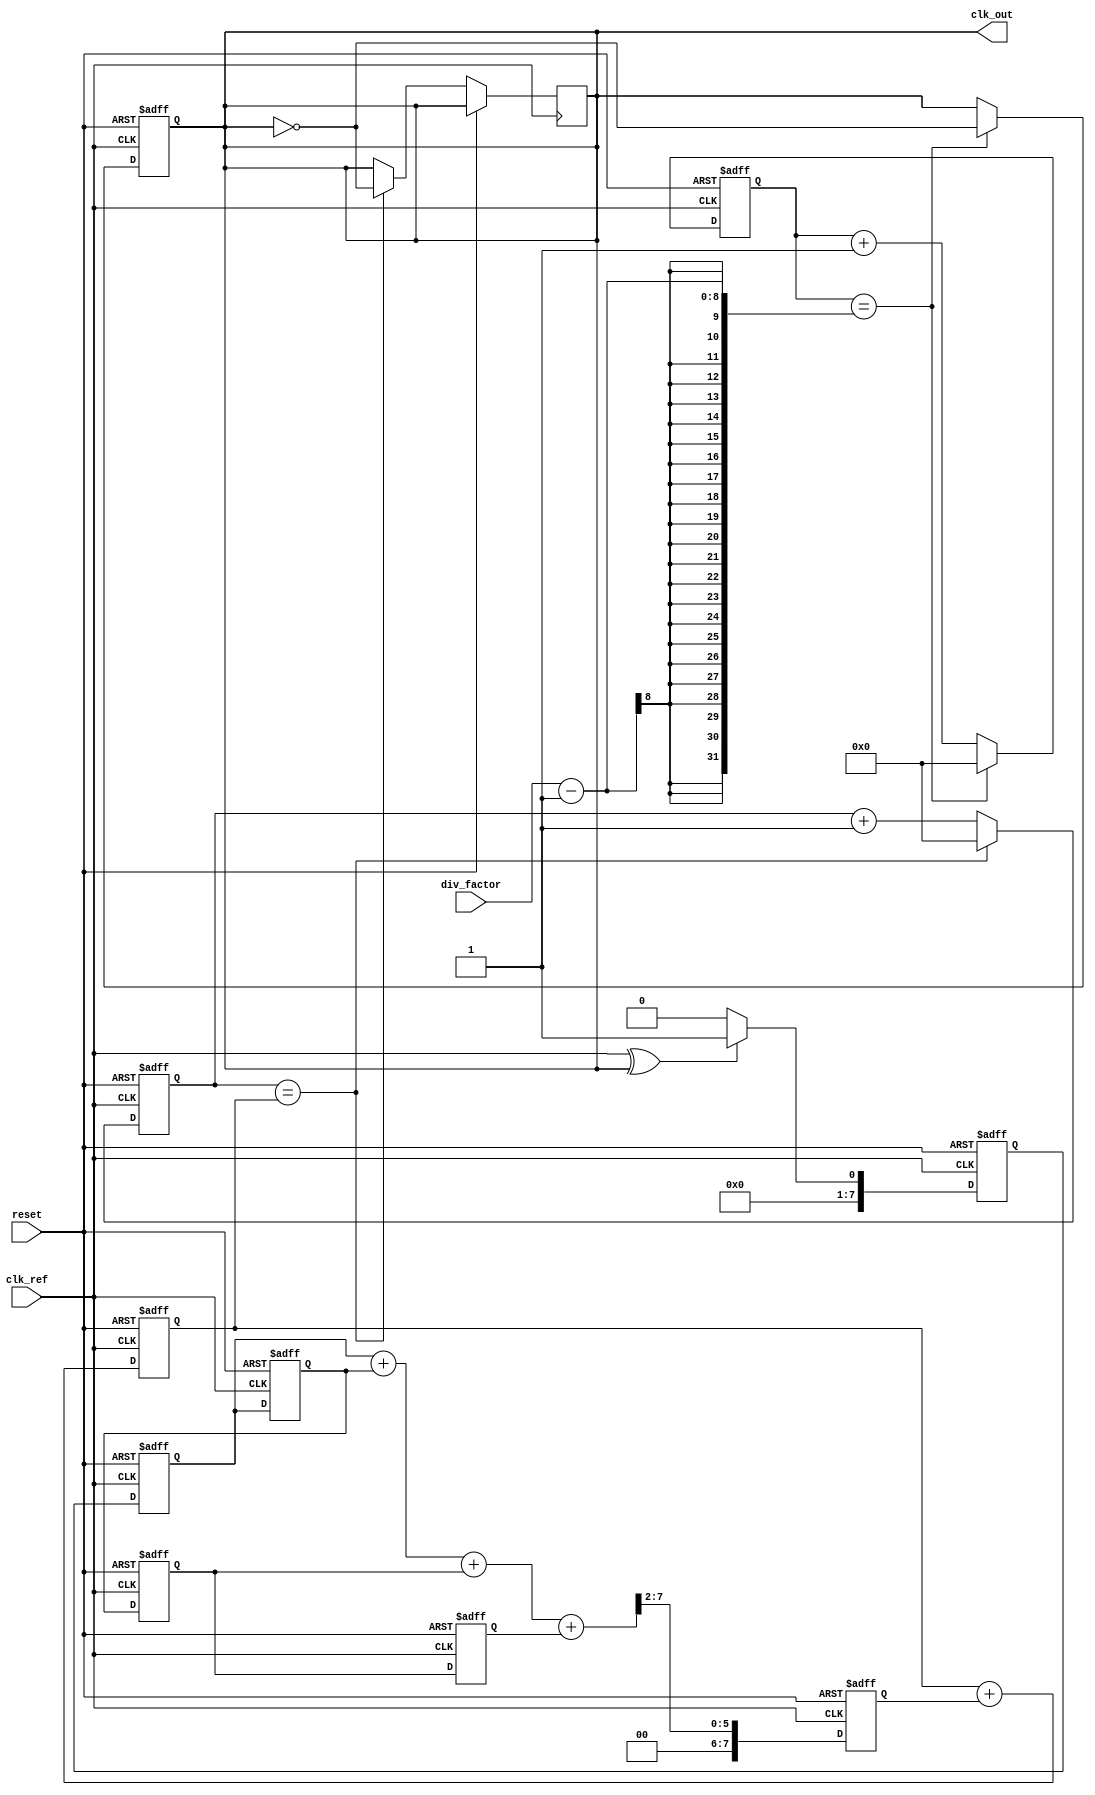
module adpll (
    input wire clk_ref,           // Reference clock input
    input wire reset,             // Reset signal
    input wire [7:0] div_factor,  // Division factor for frequency divider
    output reg clk_out            // Output clock
);

// Parameters
parameter N = 8;                // Bit width for control signals
parameter DLF_SIZE = 4;         // Size of the digital loop filter

// Internal signals
reg [N-1:0] vco_freq;           // VCO frequency control
reg [N-1:0] error_signal;       // Error signal from phase detector
reg [N-1:0] dlf_output;         // Output from digital loop filter
reg [N-1:0] feedback;           // Feedback signal from frequency divider
reg [N-1:0] dlf_reg [0:DLF_SIZE-1]; // Digital loop filter registers
reg [N-1:0] divider_count;      // Counter for frequency divider
reg [N-1:0] vco_count;          // Counter for VCO output

// Phase Detector
always @(posedge clk_ref or posedge reset) begin
    if (reset) begin
        error_signal <= 0;
    end else begin
        // Simple phase detector logic (XOR for demonstration)
        error_signal <= (clk_ref ^ clk_out) ? 1 : 0;
    end
end

// Digital Loop Filter (Simple IIR Filter)
always @(posedge clk_ref or posedge reset) begin
    if (reset) begin
        dlf_output <= 0;
        dlf_reg[0] <= 0;
        dlf_reg[1] <= 0;
        dlf_reg[2] <= 0;
        dlf_reg[3] <= 0;
    end else begin
        // Shift and accumulate for IIR filter
        dlf_reg[0] <= error_signal;
        dlf_reg[1] <= dlf_reg[0];
        dlf_reg[2] <= dlf_reg[1];
        dlf_reg[3] <= dlf_reg[2];
        dlf_output <= (dlf_reg[0] + dlf_reg[1] + dlf_reg[2] + dlf_reg[3]) >> 2; // Simple averaging
    end
end

// Frequency Divider
always @(posedge clk_ref or posedge reset) begin
    if (reset) begin
        divider_count <= 0;
        clk_out <= 0;
    end else begin
        if (divider_count == div_factor - 1) begin
            clk_out <= ~clk_out; // Toggle output clock
            divider_count <= 0;
        end else begin
            divider_count <= divider_count + 1;
        end
    end
end

// VCO (Simple Counter-based VCO)
always @(posedge clk_ref or posedge reset) begin
    if (reset) begin
        vco_freq <= 0;
        vco_count <= 0;
    end else begin
        vco_freq <= vco_freq + dlf_output; // Adjust frequency based on DLF output
        if (vco_count == vco_freq) begin
            clk_out <= ~clk_out; // Generate VCO output clock
            vco_count <= 0;
        end else begin
            vco_count <= vco_count + 1;
        end
    end
end

endmodule